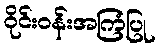
ဝိုင်းဝန်းအကြံပြု